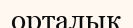
орталык